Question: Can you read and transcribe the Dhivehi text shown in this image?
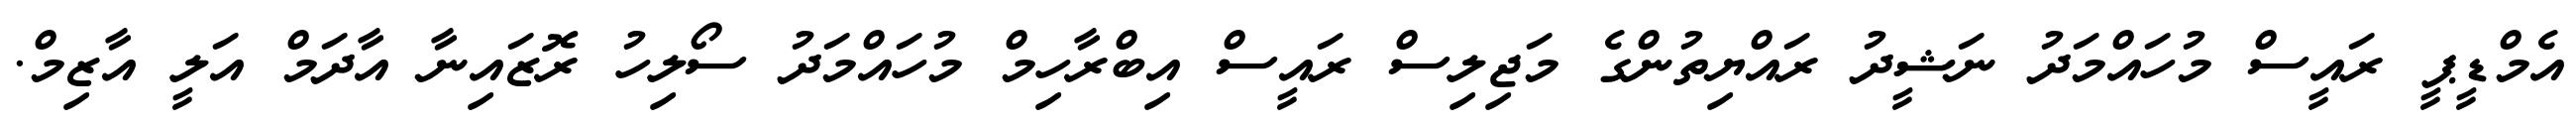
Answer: އެމްޑީޕީ ރައީސް މުހައްމަދު ނަޝީދު ރައްޔިތުންގެ މަޖިލިސް ރައީސް އިބްރާހިމް މުހައްމަދު ސޯލިހު ރޮޒައިނާ އާދަމް އަލީ އާޒިމް.